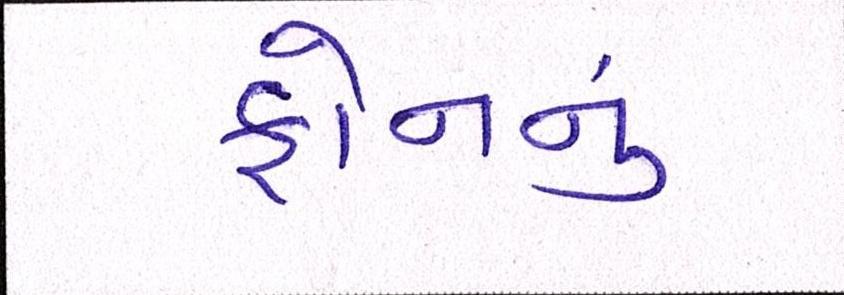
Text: ફોનનું